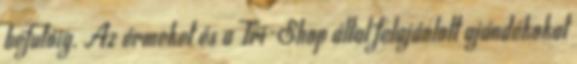
befutóig. Az érmeket és a Tri-Shop által felajánlott ajándékokat